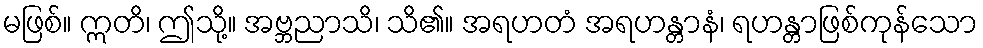
မဖြစ်။ ဣတိ၊ ဤသို့။ အဗ္ဘညာသိ၊ သိ၏။ အရဟတံ အရဟန္တာနံ၊ ရဟန္တာဖြစ်ကုန်သော